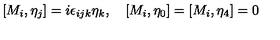
[ M _ { i } , \eta _ { j } ] = i \epsilon _ { i j k } \eta _ { k } , \quad [ M _ { i } , \eta _ { 0 } ] = [ M _ { i } , \eta _ { 4 } ] = 0